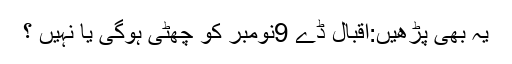
یہ بھی پڑھیں:اقبال ڈے 9نومبر کو چھٹی ہوگی یا نہیں ؟